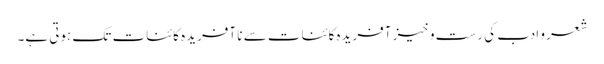
شعر و ادب کی رست و خیز آفریدہ کائنات سے نا آفریدہ کائنات تک ہوتی ہے۔